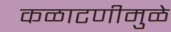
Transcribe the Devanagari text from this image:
कळाटणीमुळे